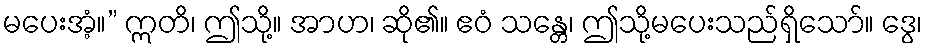
မပေးအံ့။” ဣတိ၊ ဤသို့။ အာဟ၊ ဆို၏။ ဧဝံ သန္တေ၊ ဤသို့မပေးသည်ရှိသော်။ ဒွေ၊